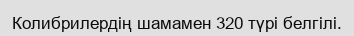
Колибрилердің шамамен 320 түрі белгілі.